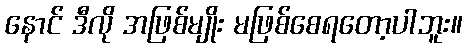
နောင် ဒီလို အဖြစ်မျိုး မဖြစ်စေရတော့ပါဘူး။